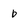
Character: b